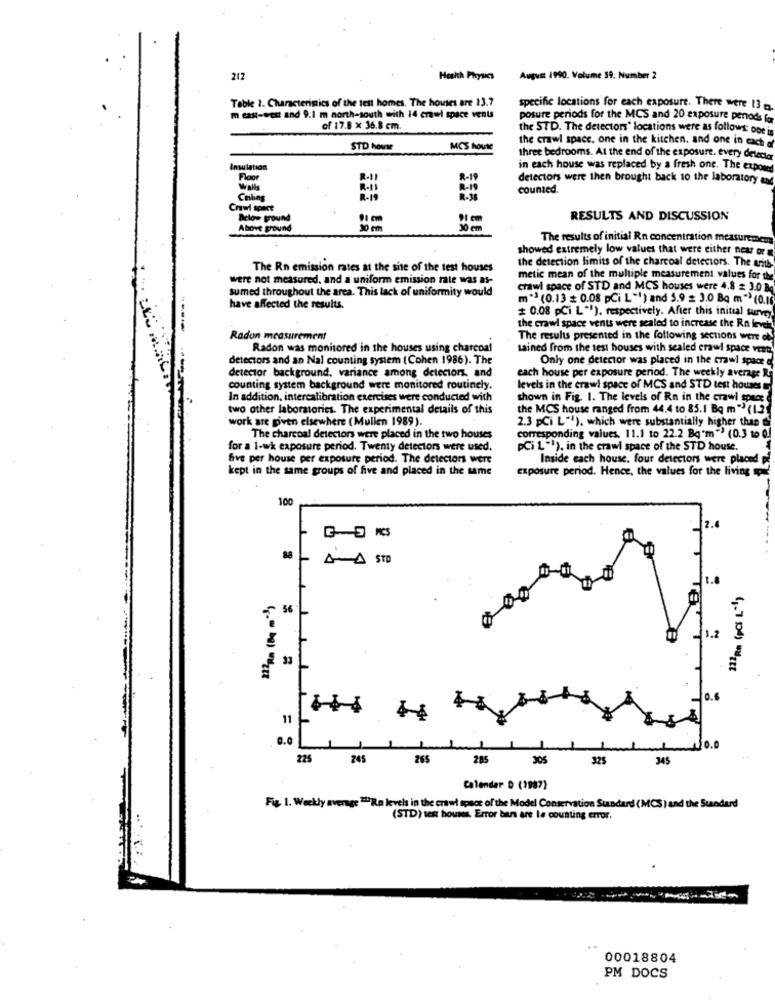
212
Health Physics
Augus: 1990. Volume 59. Number 2
Table 2. Characteristics of the tett homes. The houses are 13.7
specific locations for each exposure. There were 13 .
m east-west and 9.1 m north-south with 14 crawl space vents
posure periods for the MCS and 20 exposure penods fa
of 17.8 x 36.8 cm.
the STD. The detectors' locations were as follows one
the crawl space. one in the kitchen. and one in each
STD house
MCS house
three bedrooms. At the end of the exposure. every detecta
Insulation
in each house was replaced by a fresh one. The expomed
Floor
detectors were then brought back to the laboratory en
Walls
counted.
Ceiling
Aclow ground
91 cm
RESULTS AND DISCUSSION
Above ground
30 em
30 cm
The results of initial Rn concentration measurement
showed extremely low values that were either near or
the detection limits of the charcoal detectors. The arith
The Rn emission rates at the site of the test houses
were not measured, and a uniform emission rate was as-
metic mean of the multiple measurement values for the
sumed throughout t
ughout the area. This lack of uniformity would
crawl space of STD and MCS houses were 4.8 = 3.0 Bg
m" (0.13 + 0.08 pCi L "") and 5.9 = 3.0 Ba m"> (0.1
have affected the results.
# 0.08 pCi L""), respectively. After this initial survey
the crawl space vents were sealed to increase the Ra levert
Radon measurement
The results presented in the following sections were of
Radon was monitored in the houses using charcoal
tained from the test houses with sealed crawl space vest
detectors and an Nal counting system (Cohen 1986). The
Only one detector was placed in the crawl space
detector background, variance among detectors, and
each house per exposure period. The weekly average Rg
counting system background were monitored routinely.
levels in the crawl space of MCS and STD test houses
In addition, intercalibration exercises were conducted with
shown in Fig. 1. The levels of Rn in the crawl souce a
two other laboratories. The experimental details of this
the MCS house ranged from 44.4 to 85.1 Bq m "> (1.21
work are given elsewhere (Mullen 1989).
2.3 pCi L""), which were substantially higher than di
The charcoal detectors were placed in the two houses
corresponding values. 11.1 to 22.2 Bq'm" (0.3 to 0./
for a 1-wk exposure period. Twenty detectors were used.
PCi L"!), in the crawl space of the STD house.
five per house per exposure period. The detectors were
Inside each house. four detectors were placed pf
kept in the same groups of five and placed in the same
exposure period. Hence, the values for the living que
100
10- 4 STD
56
1.2
11
4-8
0.0
0.0
225
245
265
285
305
325
345
Calendar D (1987)
Fig. 1. Weekly average 22Ra levels in the crawl space of the Model Conservation Standard (MCS ) and the Standard
(STD) test houses. Error bens are le counting error,
00018804
PM DOCS